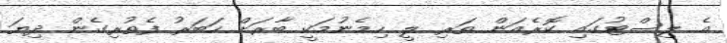
އެ ލިސްޓުގައި ކޮރެއަން ތަރި ލީ ހިމެނުމަކީ ބާރަށް ހަބަރު ފެތުރިގެން ދިޔަ